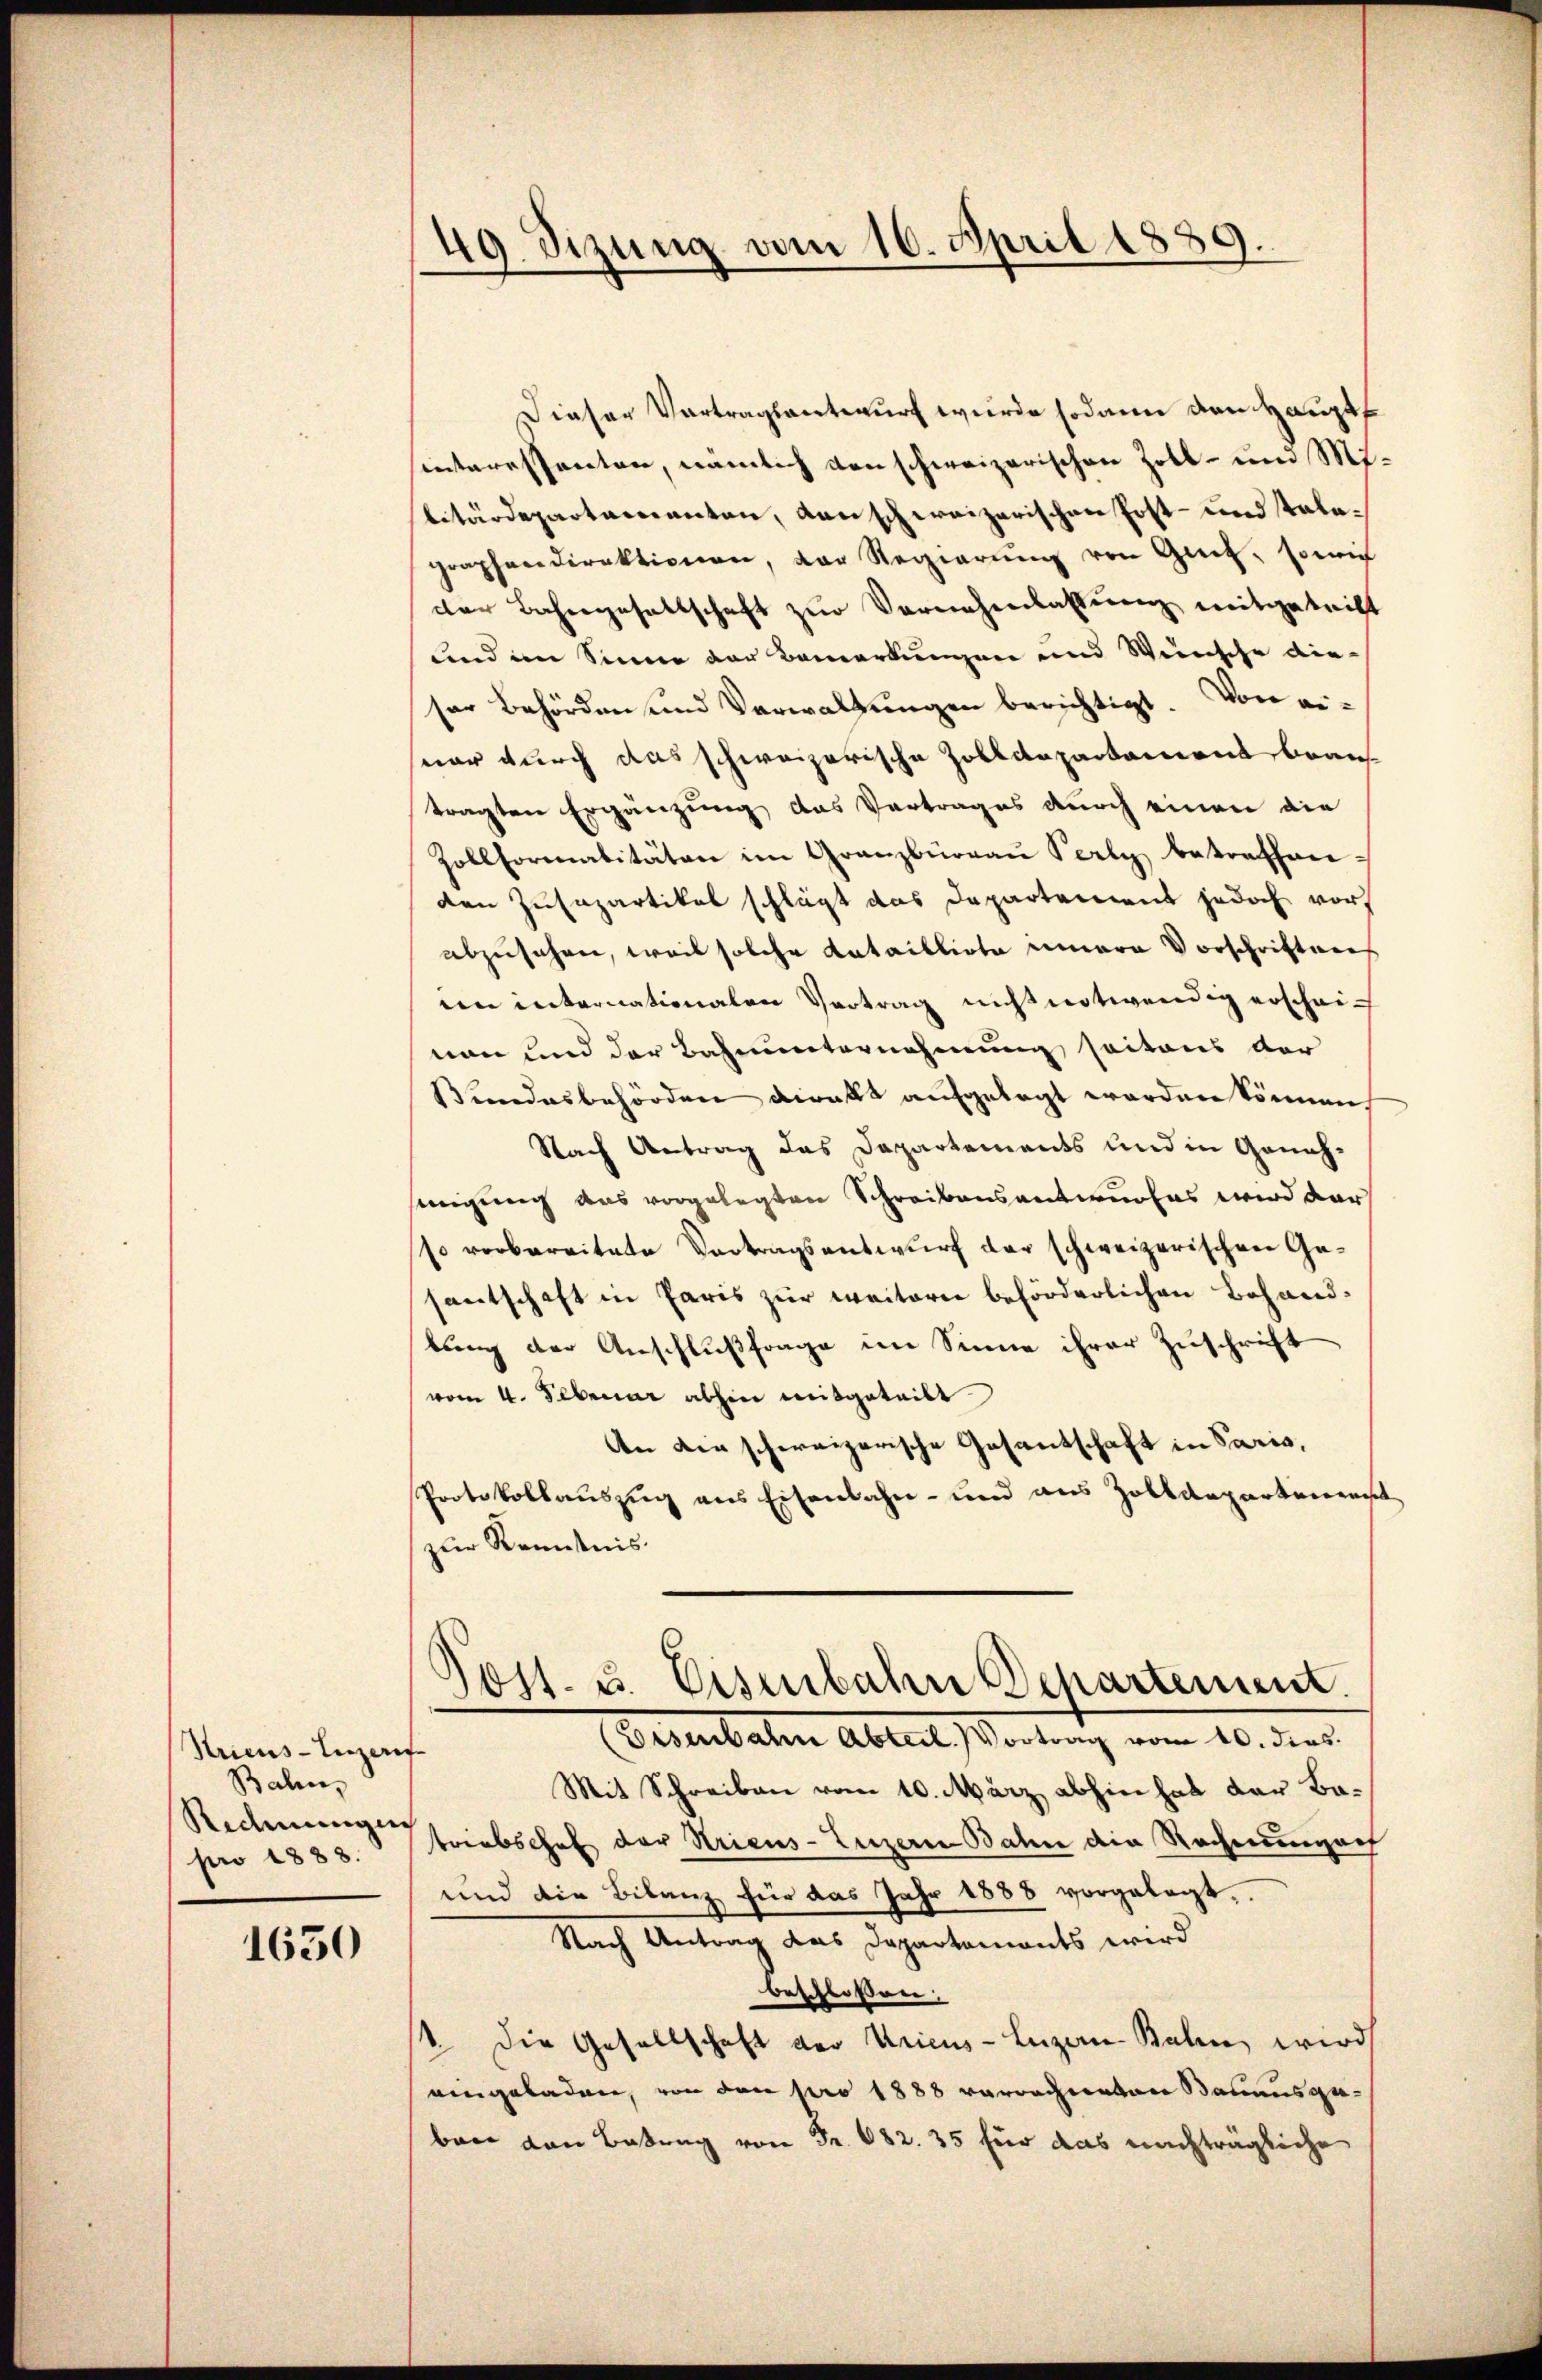
Stricus-Inzeris
Bahn,
Rechnungen
pro 1883.

1630

49 Sizung vom 16. April 1839.

Dieser Vortragsantwurf wurde sodann den Hauptf
interessenten, nämlich den schweizerischen Zoll- und Militärdepartamenten, danschweizerischen Post- und Talegraphendirektionen, der Regierŭng von Gut, sowie
der Bahngesellschaft zur Vernehmlassung mitgetrift
und im Sinne der Bemerkungen und Weinsche die-
ser Behörden und Verwaltungen berichtigt. Von einar durch das schweizerische Zolldepartament beantragten Ergänzung das Vertrages durch einen die
Zollformalitäten im Granzbüreaŭ Perly betreffen-
den Zusapartikel schlägt das Departement jedoch vorabzusehen, weil solche Katailliote innere Vorschriften
ien enternationalen Vertrag nicht notwendig erschei-
nan und der Bahnunternehmung seitaus der
Bundesbehörden direkt aufgelegt worden können
Nach Antrag das Departements und in Geneh-
sinigung das vorgelegten Schreibensantwurfes wird dar
so vorbereitete Vortragsentwurf der schweizerischen Gesantschaft in Paris zur weitern beförderlichen Behandbung der Anschlußfrage im Sinne ihrer Zuschrift
vom 4. Februar abhin mitgeteilt
An die schweizerische Gesandschaft in Paris,
Protokollauszug aus Eisenbahn- und aus Zolldepartement
zŭr Kenntnis
Post. u. Eisenbahn Departement.
(Eisenbahn Abteil. Vortrag vom 10. dies
Mit Schreiben vom 10. März abhin hat der Batriebschaf der Kriens Luzern Bahn die Rechnungen
und die Bilanz für das Jahr 1888 vorgelegt.
Nach Antrag das Departements wird
beschlossen:
st. Die Gesellschaft der Uricus-Luzan-Kalen, wird
eingeladen, von den pro 1888 verrechneten Bauausgaben von Betrag von Fr. 682. 35 für das nachträgliche